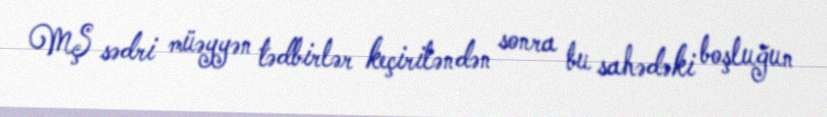
MŞ sədri müəyyən tədbirlər keçiriləndən sonra bu sahədəki boşluğun